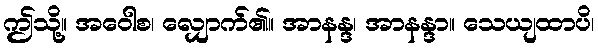
ဤသို့။ အဝေါစ၊ လျှောက်၏။ အာနန္ဒ၊ အာနန္ဒာ။ သေယျထာပိ၊